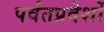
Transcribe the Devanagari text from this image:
पर्वतप्रदेशों